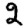
Digit: 2